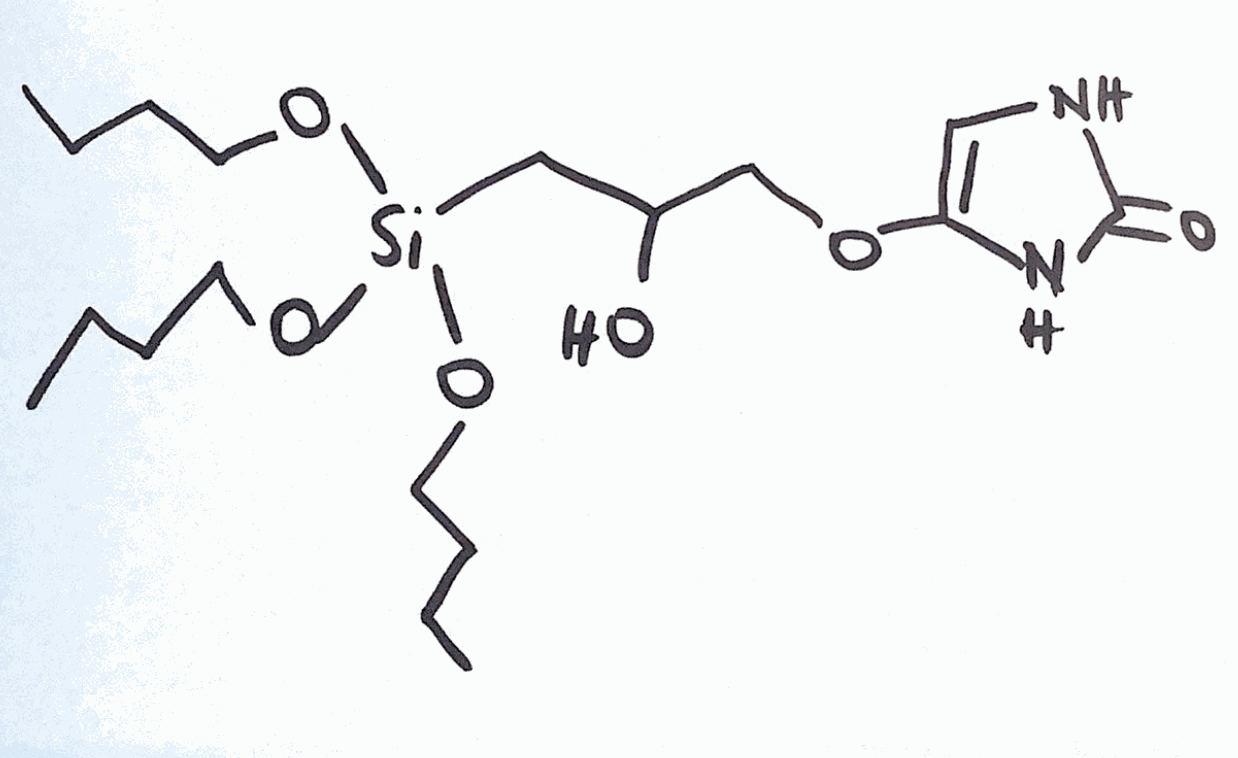
Simplified molecular-input line-entry system (SMILES) notation of the given molecule:
CCCCO[Si](CC(COC1=CNC(=O)N1)O)(OCCCC)OCCCC